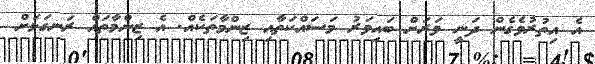
އެ އިތުރުވެގެން ދަނީ ވަރަށް ބައިވަރު މަސައްކަތާއި ޒިންމާތަކެއް. އެ ޒިންމާތައް ރަނގަޅަށް